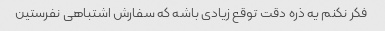
فکر نکنم یه ذره دقت توقع زیادی باشه که سفارش اشتباهی نفرستین